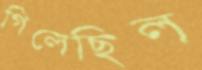
গিলেছিল